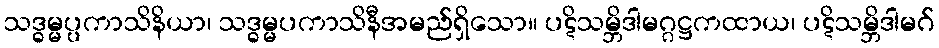
သဒ္ဓမ္မပ္ပကာသိနိယာ၊ သဒ္ဓမ္မပကာသိနီအမည်ရှိသော။ ပဋိသမ္ဘိဒါမဂ္ဂဋ္ဌကထာယ၊ ပဋိသမ္ဘိဒါမဂ်